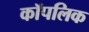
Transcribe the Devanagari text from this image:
कॉपलिक